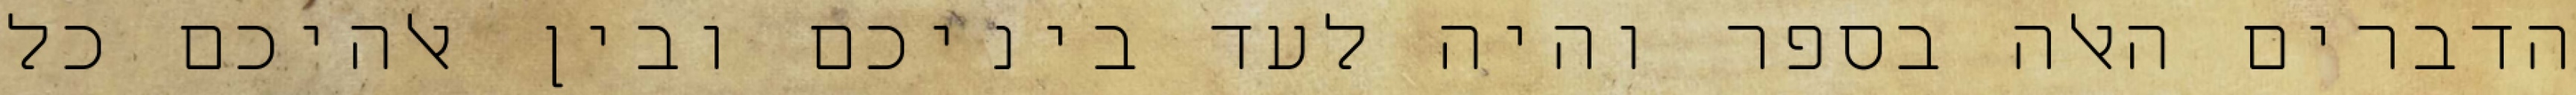
הדברים האלה בספר והיה לעד ביניכם ובין אלהיכם כל